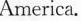
America.